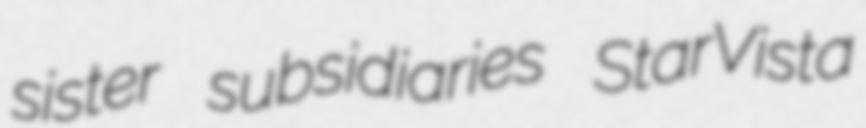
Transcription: sister subsidiaries StarVista